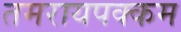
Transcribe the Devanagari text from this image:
तमरायपक्कम